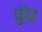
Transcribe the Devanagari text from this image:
धुंदेर